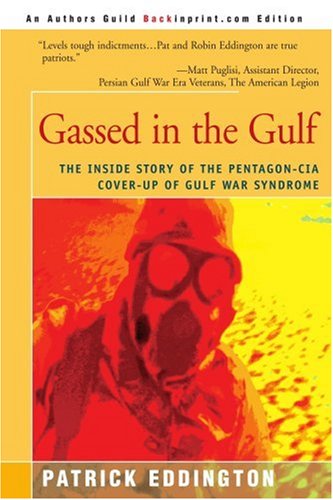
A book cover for Gassed in the Gulf: The Inside Story of the Pentagon-CIA Cover-up of Gulf War Syndrome; Patrick Eddington; History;